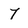
Character: 7